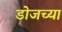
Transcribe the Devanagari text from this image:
डोजच्या